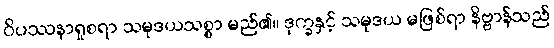
ဝိပဿနာရှုစရာ သမုဒယသစ္စာ မည်၏။ ဒုက္ခနှင့် သမုဒယ မဖြစ်ရာ နိဗ္ဗာန်သည်